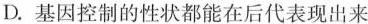
D. 基因控制的性状都能在后代表现出来